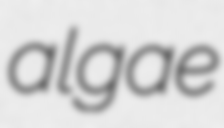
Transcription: algae